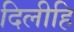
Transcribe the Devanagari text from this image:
दिलीहि